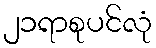
၂၁ရာစုပင်လုံ